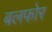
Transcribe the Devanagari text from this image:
बलफोर